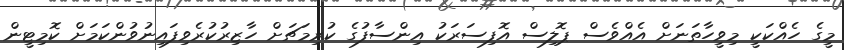
މީގެ ހެއްކަކީ މިވީހާތަނަށް އެއްވެސް ޕޮލިސް އޮފިސަރަކު އިންސާފުގެ ކުރިމަޗަށް ހާޒިރުކުރެވިފައިނުވުންކަމަށް ކޮމިޓީން